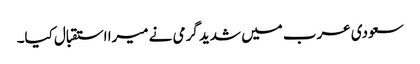
سعودی عرب میں شدید گرمی نے میرا استقبال کیا۔